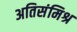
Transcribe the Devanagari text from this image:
अतिसंमिश्र